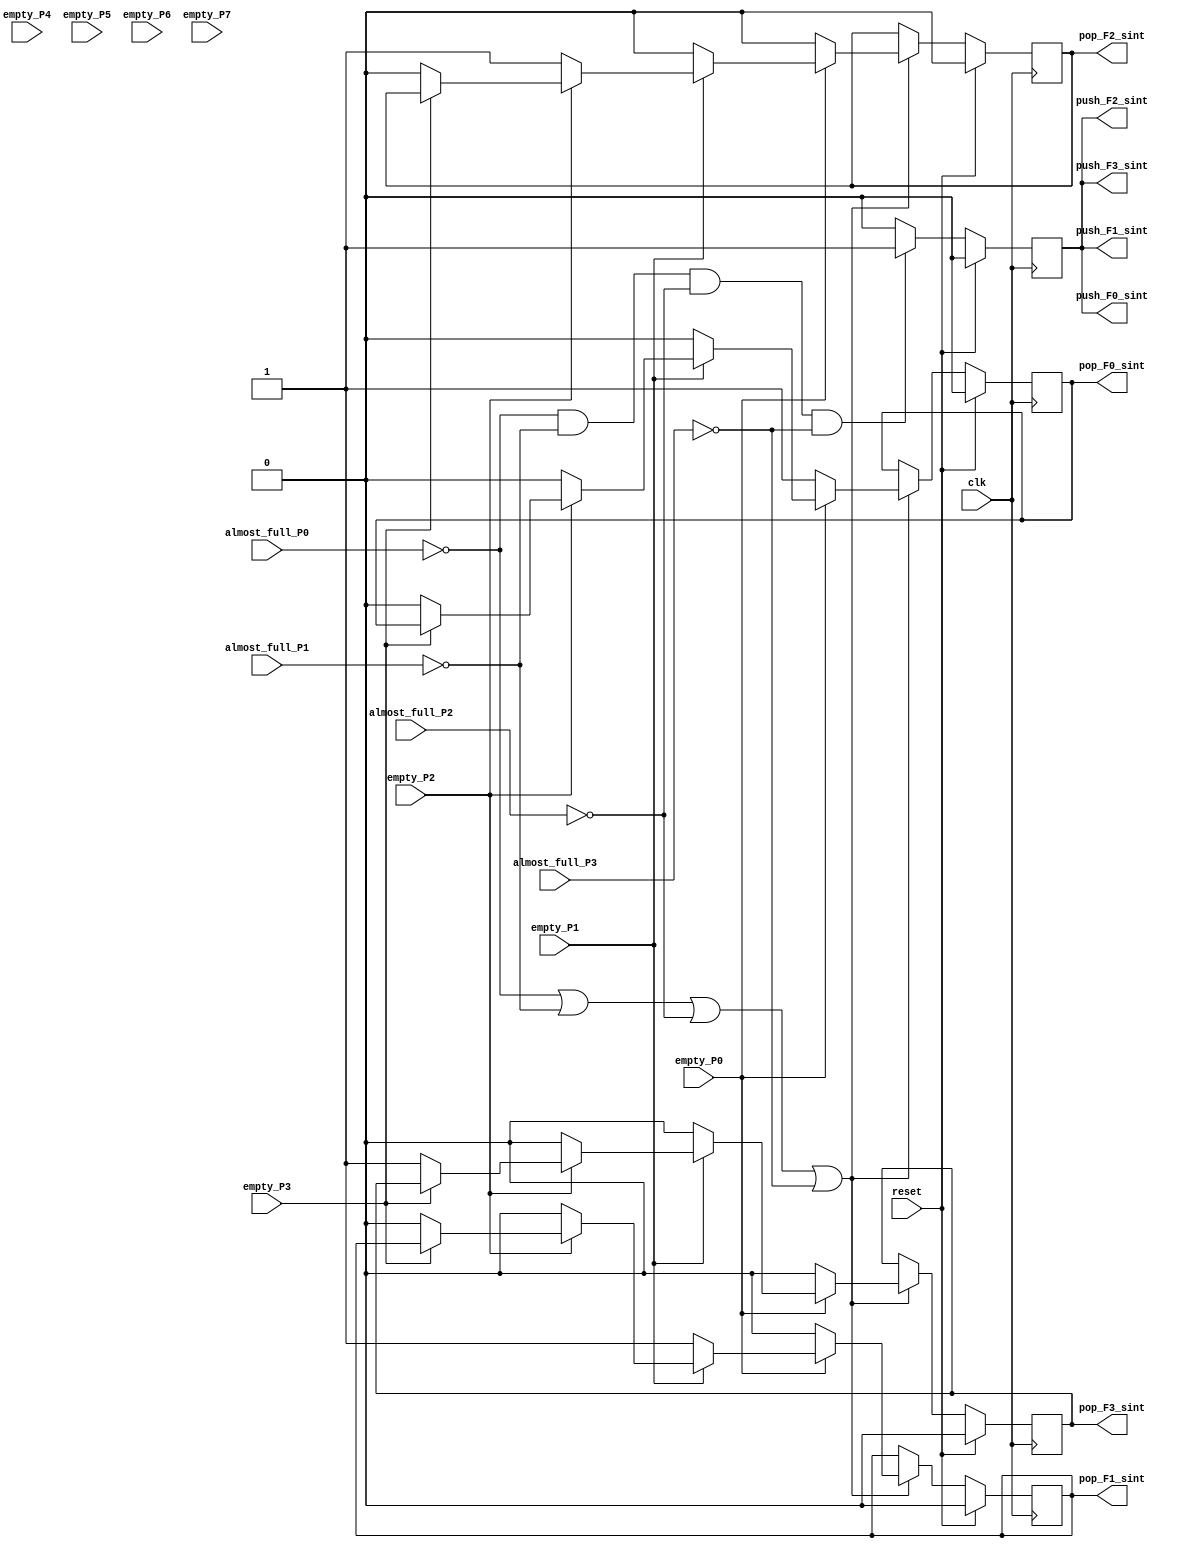
/* Generated by Yosys 0.9 (git sha1 1979e0b) */

(* cells_not_processed =  1  *)
(* src = "arbitro_sint.v:1" *)
module arbitro_sint(clk, reset, almost_full_P0, almost_full_P1, almost_full_P2, almost_full_P3, empty_P0, empty_P1, empty_P2, empty_P3, empty_P4, empty_P5, empty_P6, empty_P7, pop_F0_sint, pop_F1_sint, pop_F2_sint, pop_F3_sint, push_F0_sint, push_F1_sint, push_F2_sint, push_F3_sint);
  (* src = "arbitro_sint.v:37" *)
  wire _00_;
  (* src = "arbitro_sint.v:37" *)
  wire _01_;
  (* src = "arbitro_sint.v:37" *)
  wire _02_;
  (* src = "arbitro_sint.v:37" *)
  wire _03_;
  (* src = "arbitro_sint.v:37" *)
  wire _04_;
  (* src = "arbitro_sint.v:80" *)
  wire _05_;
  (* src = "arbitro_sint.v:80" *)
  wire _06_;
  (* src = "arbitro_sint.v:80" *)
  wire _07_;
  (* src = "arbitro_sint.v:44" *)
  wire _08_;
  (* src = "arbitro_sint.v:44" *)
  wire _09_;
  (* src = "arbitro_sint.v:44" *)
  wire _10_;
  (* src = "arbitro_sint.v:44" *)
  wire _11_;
  (* src = "arbitro_sint.v:44" *)
  wire _12_;
  (* src = "arbitro_sint.v:44" *)
  wire _13_;
  (* src = "arbitro_sint.v:44" *)
  wire _14_;
  wire _15_;
  wire _16_;
  wire _17_;
  wire _18_;
  wire _19_;
  wire _20_;
  wire _21_;
  wire _22_;
  wire _23_;
  wire _24_;
  wire _25_;
  wire _26_;
  wire _27_;
  wire _28_;
  wire _29_;
  wire _30_;
  wire _31_;
  wire _32_;
  wire _33_;
  wire _34_;
  wire _35_;
  (* src = "arbitro_sint.v:8" *)
  input almost_full_P0;
  (* src = "arbitro_sint.v:9" *)
  input almost_full_P1;
  (* src = "arbitro_sint.v:10" *)
  input almost_full_P2;
  (* src = "arbitro_sint.v:11" *)
  input almost_full_P3;
  (* src = "arbitro_sint.v:4" *)
  input clk;
  (* src = "arbitro_sint.v:13" *)
  input empty_P0;
  (* src = "arbitro_sint.v:14" *)
  input empty_P1;
  (* src = "arbitro_sint.v:15" *)
  input empty_P2;
  (* src = "arbitro_sint.v:16" *)
  input empty_P3;
  (* src = "arbitro_sint.v:17" *)
  input empty_P4;
  (* src = "arbitro_sint.v:18" *)
  input empty_P5;
  (* src = "arbitro_sint.v:19" *)
  input empty_P6;
  (* src = "arbitro_sint.v:20" *)
  input empty_P7;
  (* src = "arbitro_sint.v:24" *)
  output pop_F0_sint;
  reg pop_F0_sint;
  (* src = "arbitro_sint.v:25" *)
  output pop_F1_sint;
  reg pop_F1_sint;
  (* src = "arbitro_sint.v:26" *)
  output pop_F2_sint;
  reg pop_F2_sint;
  (* src = "arbitro_sint.v:27" *)
  output pop_F3_sint;
  reg pop_F3_sint;
  (* src = "arbitro_sint.v:29" *)
  output push_F0_sint;
  (* src = "arbitro_sint.v:30" *)
  output push_F1_sint;
  (* src = "arbitro_sint.v:31" *)
  output push_F2_sint;
  (* src = "arbitro_sint.v:32" *)
  output push_F3_sint;
  reg push_F3_sint;
  (* src = "arbitro_sint.v:4" *)
  input reset;
  assign _05_ = _08_ && (* src = "arbitro_sint.v:80" *) _09_;
  assign _06_ = _05_ && (* src = "arbitro_sint.v:80" *) _10_;
  assign _07_ = _06_ && (* src = "arbitro_sint.v:80" *) _11_;
  assign _08_ = ~ (* src = "arbitro_sint.v:80" *) almost_full_P0;
  assign _09_ = ~ (* src = "arbitro_sint.v:80" *) almost_full_P1;
  assign _10_ = ~ (* src = "arbitro_sint.v:80" *) almost_full_P2;
  assign _11_ = ~ (* src = "arbitro_sint.v:80" *) almost_full_P3;
  assign _12_ = _08_ | (* src = "arbitro_sint.v:44" *) _09_;
  assign _13_ = _12_ | (* src = "arbitro_sint.v:44" *) _10_;
  assign _14_ = _13_ | (* src = "arbitro_sint.v:44" *) _11_;
  always @(posedge clk)
      pop_F0_sint <= _00_;
  always @(posedge clk)
      pop_F1_sint <= _01_;
  always @(posedge clk)
      pop_F2_sint <= _02_;
  always @(posedge clk)
      pop_F3_sint <= _03_;
  always @(posedge clk)
      push_F3_sint <= _04_;
  assign _15_ = empty_P0 ? (* full_case = 32'd1 *) (* src = "arbitro_sint.v:46" *) _35_ : 1'h0;
  assign _16_ = _14_ ? (* src = "arbitro_sint.v:44" *) _15_ : pop_F1_sint;
  assign _01_ = reset ? (* full_case = 32'd1 *) (* src = "arbitro_sint.v:38" *) 1'h0 : _16_;
  assign _17_ = empty_P3 ? (* src = "arbitro_sint.v:67" *) pop_F0_sint : 1'h0;
  assign _18_ = empty_P2 ? (* full_case = 32'd1 *) (* src = "arbitro_sint.v:59" *) _17_ : 1'h0;
  assign _19_ = empty_P1 ? (* full_case = 32'd1 *) (* src = "arbitro_sint.v:53" *) _18_ : 1'h0;
  assign _20_ = empty_P0 ? (* full_case = 32'd1 *) (* src = "arbitro_sint.v:46" *) _19_ : 1'h1;
  assign _21_ = _14_ ? (* src = "arbitro_sint.v:44" *) _20_ : pop_F0_sint;
  assign _00_ = reset ? (* full_case = 32'd1 *) (* src = "arbitro_sint.v:38" *) 1'h0 : _21_;
  assign _22_ = _07_ ? (* full_case = 32'd1 *) (* src = "arbitro_sint.v:80" *) 1'h1 : 1'h0;
  assign _04_ = reset ? (* full_case = 32'd1 *) (* src = "arbitro_sint.v:38" *) 1'h0 : _22_;
  assign _23_ = empty_P3 ? (* src = "arbitro_sint.v:67" *) pop_F3_sint : 1'h1;
  assign _24_ = empty_P2 ? (* full_case = 32'd1 *) (* src = "arbitro_sint.v:59" *) _23_ : 1'h0;
  assign _25_ = empty_P1 ? (* full_case = 32'd1 *) (* src = "arbitro_sint.v:53" *) _24_ : 1'h0;
  assign _26_ = empty_P0 ? (* full_case = 32'd1 *) (* src = "arbitro_sint.v:46" *) _25_ : 1'h0;
  assign _27_ = _14_ ? (* src = "arbitro_sint.v:44" *) _26_ : pop_F3_sint;
  assign _03_ = reset ? (* full_case = 32'd1 *) (* src = "arbitro_sint.v:38" *) 1'h0 : _27_;
  assign _28_ = empty_P3 ? (* src = "arbitro_sint.v:67" *) pop_F2_sint : 1'h0;
  assign _29_ = empty_P2 ? (* full_case = 32'd1 *) (* src = "arbitro_sint.v:59" *) _28_ : 1'h1;
  assign _30_ = empty_P1 ? (* full_case = 32'd1 *) (* src = "arbitro_sint.v:53" *) _29_ : 1'h0;
  assign _31_ = empty_P0 ? (* full_case = 32'd1 *) (* src = "arbitro_sint.v:46" *) _30_ : 1'h0;
  assign _32_ = _14_ ? (* src = "arbitro_sint.v:44" *) _31_ : pop_F2_sint;
  assign _02_ = reset ? (* full_case = 32'd1 *) (* src = "arbitro_sint.v:38" *) 1'h0 : _32_;
  assign _33_ = empty_P3 ? (* src = "arbitro_sint.v:67" *) pop_F1_sint : 1'h0;
  assign _34_ = empty_P2 ? (* full_case = 32'd1 *) (* src = "arbitro_sint.v:59" *) _33_ : 1'h0;
  assign _35_ = empty_P1 ? (* full_case = 32'd1 *) (* src = "arbitro_sint.v:53" *) _34_ : 1'h1;
  assign push_F0_sint = push_F3_sint;
  assign push_F1_sint = push_F3_sint;
  assign push_F2_sint = push_F3_sint;
endmodule